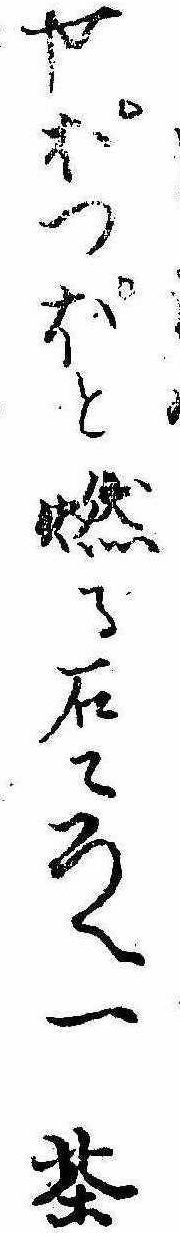
やぽつぽと燃る石ころへ一茶